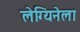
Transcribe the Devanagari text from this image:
लेग्यिनेला